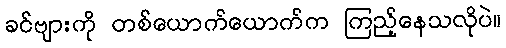
ခင်ဗျားကို တစ်ယောက်ယောက်က ကြည့်နေသလိုပဲ။